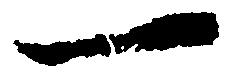
一